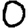
Digit: 0